Vaccination report Assam 1896-1927 - 1896-1927
Year: 1896
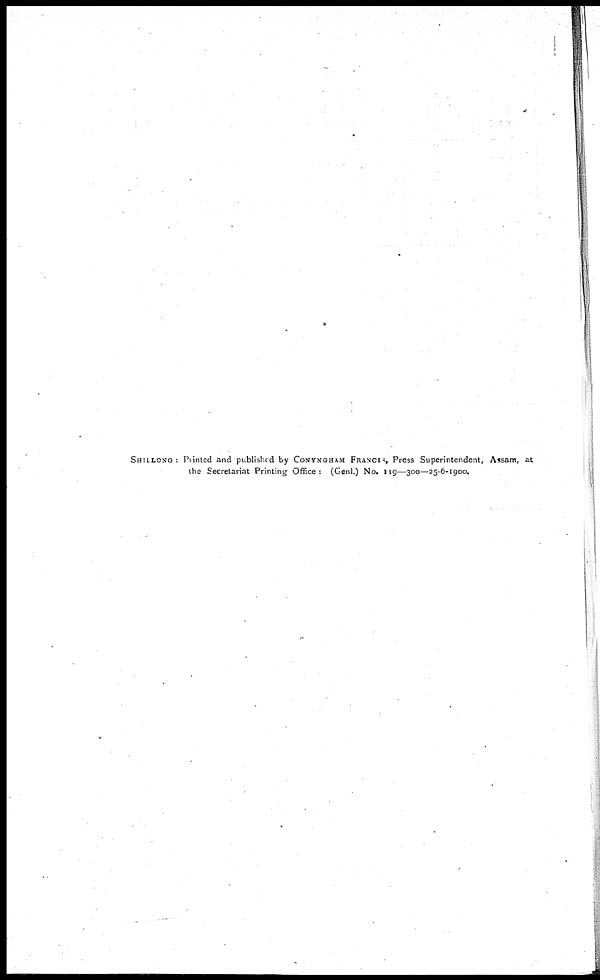
SHILLONG : Printed and published by CONYNGHAM FRANCIS, Press Superintendent, Assam, at
the Secretariat Printing Office: (Genl.) No. 119—300—25-6-1900.